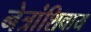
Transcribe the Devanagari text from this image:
नेत्रांशिवाय